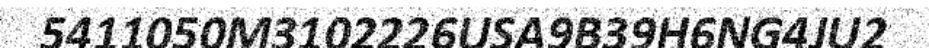
5411050M3102226USA9B39H6NG4JU2